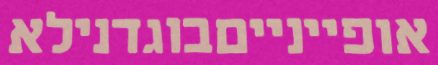
אופיינייםבוגדנילא